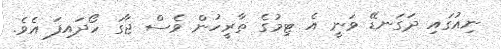
ނިއުގައި ދަގަނޑޭ ވަނީ އެ ޓިމުގެ ތާރީހުން ވެސް ޖާގަ ހޯދައިފަ އެވެ.